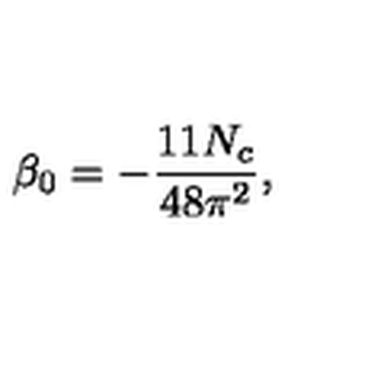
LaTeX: \beta _ { 0 } = - { \frac { 1 1 N _ { c } } { 4 8 \pi ^ { 2 } } } ,